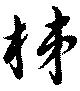
柿